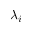
\lambda _ { i }